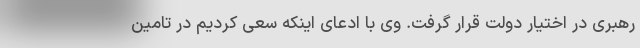
رهبری در اختیار دولت قرار گرفت. وی با ادعای اینکه سعی کردیم در تامین